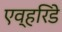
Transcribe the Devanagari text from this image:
एव्हरिडे